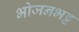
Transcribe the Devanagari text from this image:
भोजनभट्ट